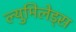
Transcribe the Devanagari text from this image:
ल्युमिलेड्स